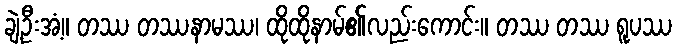
ချဲ့ဦးအံ့။ တဿ တဿနာမဿ၊ ထိုထိုနာမ်၏လည်းကောင်း။ တဿ တဿ ရူပဿ